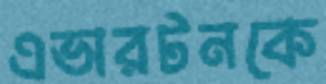
এভারটনকে